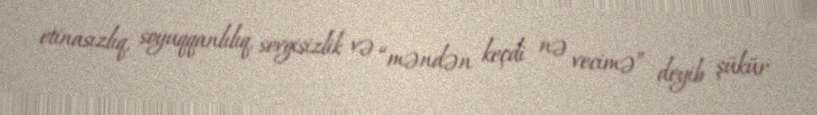
etinasızlıq, soyuqqanlılıq, sevgisizlik və “məndən keçdi nə vecimə” deyib şükür